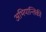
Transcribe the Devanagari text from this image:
अभियान्तिकी